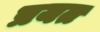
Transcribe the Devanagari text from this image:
प्रयत